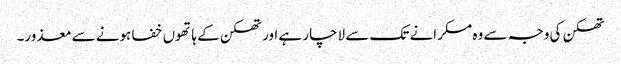
تھکن کی وجہ سے وہ مسکرانے تک سے لاچار ہے اور تھکن کے ہاتھوں خفا ہونے سے معذور۔